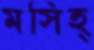
মসিহ্